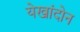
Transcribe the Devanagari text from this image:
येखांदोन